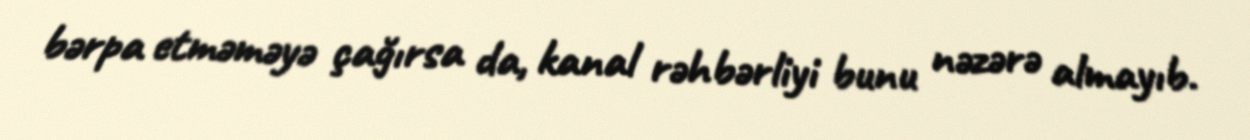
bərpa etməməyə çağırsa da, kanal rəhbərliyi bunu nəzərə almayıb.